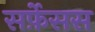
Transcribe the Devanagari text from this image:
सर्फ़ेसस